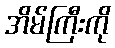
အိမ်ကြီးကို